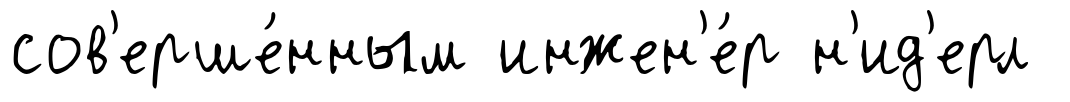
сов'ерше́нным инжен'е́р н'ид'ерл